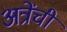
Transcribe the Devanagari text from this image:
अत्रेंची